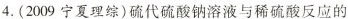
4.(2009宁夏理综)硫代硫酸钠溶液与稀硫酸反应的